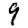
Digit: 9